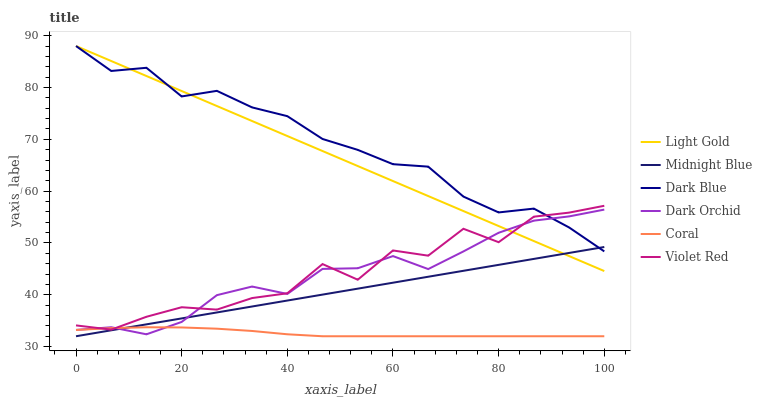
| xaxis_label | Light Gold | Midnight Blue | Dark Blue | Dark Orchid | Coral | Violet Red |
 | --- | --- | --- | --- | --- | --- | --- |
 | 0 | 88 | 32 | 88 | 33.2 | 33.2 | 34.1 |
 | 6.67 | 85.1 | 33.1 | 83.2 | 33.7 | 33.6 | 33.3 |
 | 13.3 | 82.2 | 34.3 | 83.8 | 32.4 | 33.7 | 35.8 |
 | 20 | 79.3 | 35.4 | 78.3 | 34.8 | 33.7 | 37.6 |
 | 26.7 | 76.4 | 36.6 | 79.3 | 39.9 | 33.5 | 37.1 |
 | 33.3 | 73.5 | 37.7 | 76.2 | 41.6 | 33 | 39.4 |
 | 40 | 70.6 | 38.9 | 74.5 | 40.2 | 32.4 | 40.3 |
 | 46.7 | 67.7 | 40 | 70.1 | 45 | 32 | 45.9 |
 | 53.3 | 64.8 | 41.2 | 68 | 45.1 | 32 | 42.9 |
 | 60 | 61.9 | 42.3 | 65.2 | 47.5 | 32 | 48.6 |
 | 66.7 | 59.1 | 43.5 | 64.7 | 45 | 32 | 47.5 |
 | 73.3 | 56.2 | 44.6 | 58.9 | 48.4 | 32 | 52.7 |
 | 80 | 53.3 | 45.8 | 55.9 | 52 | 32 | 50.1 |
 | 86.7 | 50.4 | 46.9 | 56.6 | 54.3 | 32 | 55.1 |
 | 93.3 | 47.5 | 48.1 | 53 | 55.1 | 32 | 55.9 |
 | 100 | 44.6 | 49.2 | 48.4 | 56.4 | 32 | 57.2 |